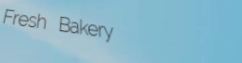
Fresh Bakery